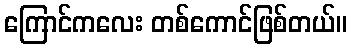
ကြောင်ကလေး တစ်ကောင်ဖြစ်တယ်။